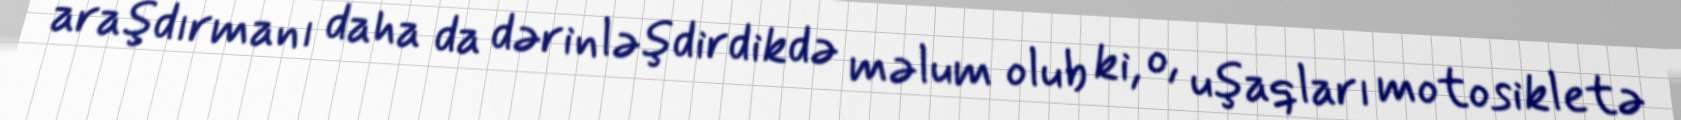
araşdırmanı daha da dərinləşdirdikdə məlum olub ki, o, uşaqları motosikletə